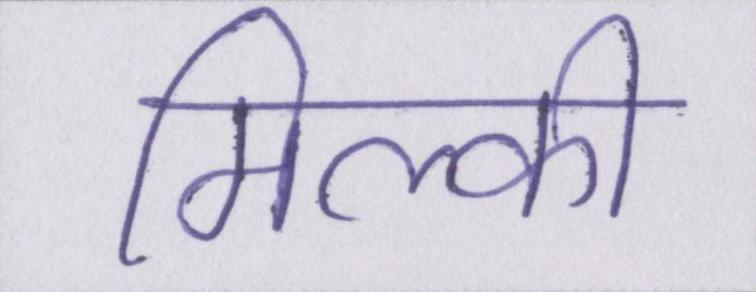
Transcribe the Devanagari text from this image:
मिल्की